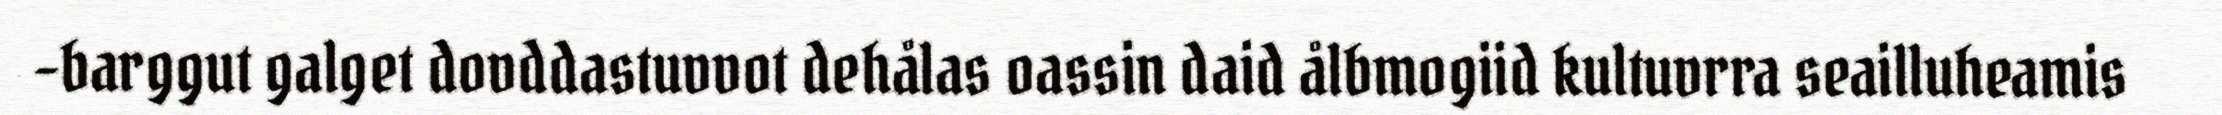
-barggut galget dovddastuvvot dehålas oassin daid ålbmogiid kultuvrra seailluheamis